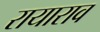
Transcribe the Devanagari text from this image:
रायाराव